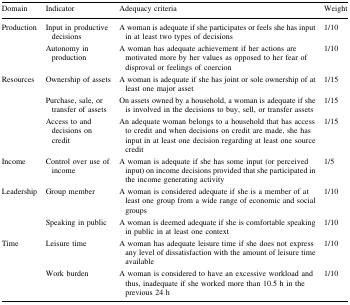
<table><thead><tr><td><b>Domain</b></td><td><b>Indicator</b></td><td><b>Adequacy criteria</b></td><td><b>Weight</b></td></tr></thead><tbody><tr><td rowspan="2">Production</td><td>Input in productive decisions</td><td>A woman is adequate if she participates or feels she has input in at least two types of decisions</td><td>1/10</td></tr><tr><td>Autonomy in production</td><td>A woman has adequate achievement if her actions are motivated more by her values as opposed to her fear of disproval or feelings of coercion</td><td>1/10</td></tr><tr><td rowspan="3">Resources</td><td>Ownership of assets</td><td>A woman is adequate if she has joint or sole ownership of at least one major asset</td><td>1/15</td></tr><tr><td>Purchase, sale, or transfer of assets</td><td>On assets owned by a household, a woman is adequate if she is involved in the decisions to buy, sell, or transfer assets</td><td>1/15</td></tr><tr><td>Access to and decisions on credit</td><td>An adequate woman belongs to a household that has access to credit and when decisions on credit are made, she has input in at least one decision regarding at least one source credit</td><td>1/15</td></tr><tr><td>Income</td><td>Control over use of income</td><td>A woman is adequate if she has some input (or perceived input) on income decisions provided that she participated in the income generating activity</td><td>1/5</td></tr><tr><td rowspan="2">Leadership</td><td>Group member</td><td>A woman is considered adequate if she is a member of at least one group from a wide range of economic and social groups</td><td>1/10</td></tr><tr><td>Speaking in public</td><td>A woman is deemed adequate if she is comfortable speaking in public in at least one context</td><td>1/10</td></tr><tr><td rowspan="2">Time</td><td>Leisure time</td><td>A woman has adequate leisure time if she does not express any level of dissatisfaction with the amount of leisure time available</td><td>1/10</td></tr><tr><td>Work burden</td><td>A woman is considered to have an excessive workload and thus, inadequate if she worked more than 10.5 h in the previous 24 h</td><td>1/10</td></tr></tbody></table>